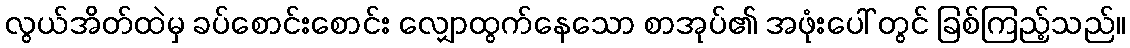
လွယ်အိတ်ထဲမှ ခပ်စောင်းစောင်း လျှောထွက်နေသော စာအုပ်၏ အဖုံးပေါ် တွင် ခြစ်ကြည့်သည်။